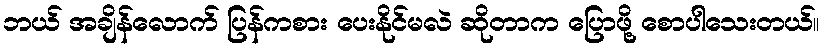
ဘယ် အချိန်လောက် ပြန်ကစား ပေးနိုင်မလဲ ဆိုတာက ပြောဖို့ စောပါသေးတယ်။